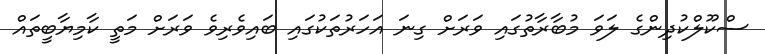
ސްކޫލްކުދިންގެ ލަވަ މުބާރާތުގައި ވަރަށް ގިނަ އަހަރުތަކުގައި ބައިވެރިވެ ވަރަށް މަތީ ކާމިޔާބީތައް